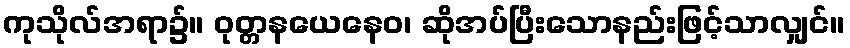
ကုသိုလ်အရာ၌။ ဝုတ္တနယေနေဝ၊ ဆိုအပ်ပြီးသောနည်းဖြင့်သာလျှင်။